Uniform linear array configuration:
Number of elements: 24
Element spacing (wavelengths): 0.75
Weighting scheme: exponential
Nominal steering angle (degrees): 0
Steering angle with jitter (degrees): -1.41
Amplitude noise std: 0.05
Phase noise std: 0.05

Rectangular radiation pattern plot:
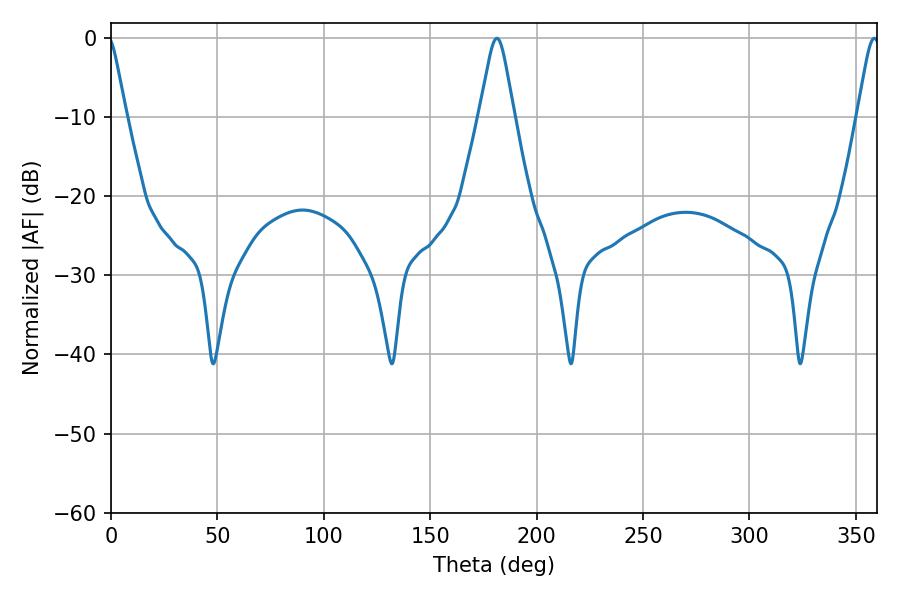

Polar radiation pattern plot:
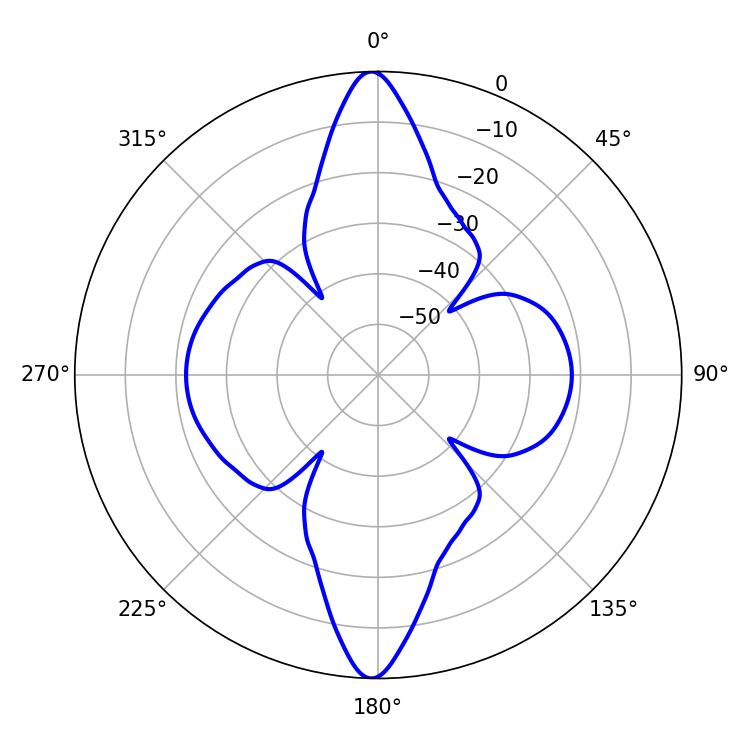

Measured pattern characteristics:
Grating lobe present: TRUE
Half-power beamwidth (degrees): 7.74
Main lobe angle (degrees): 181.26